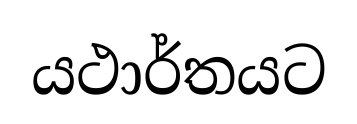
යථාර්තයට